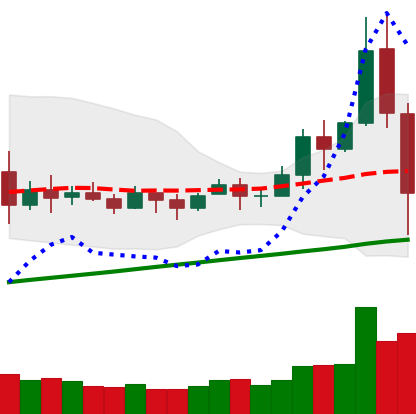
Ticker: BNB-USD
Chart end date: 2020-11-26
Forward return: 6.748%
Label: up_5_7